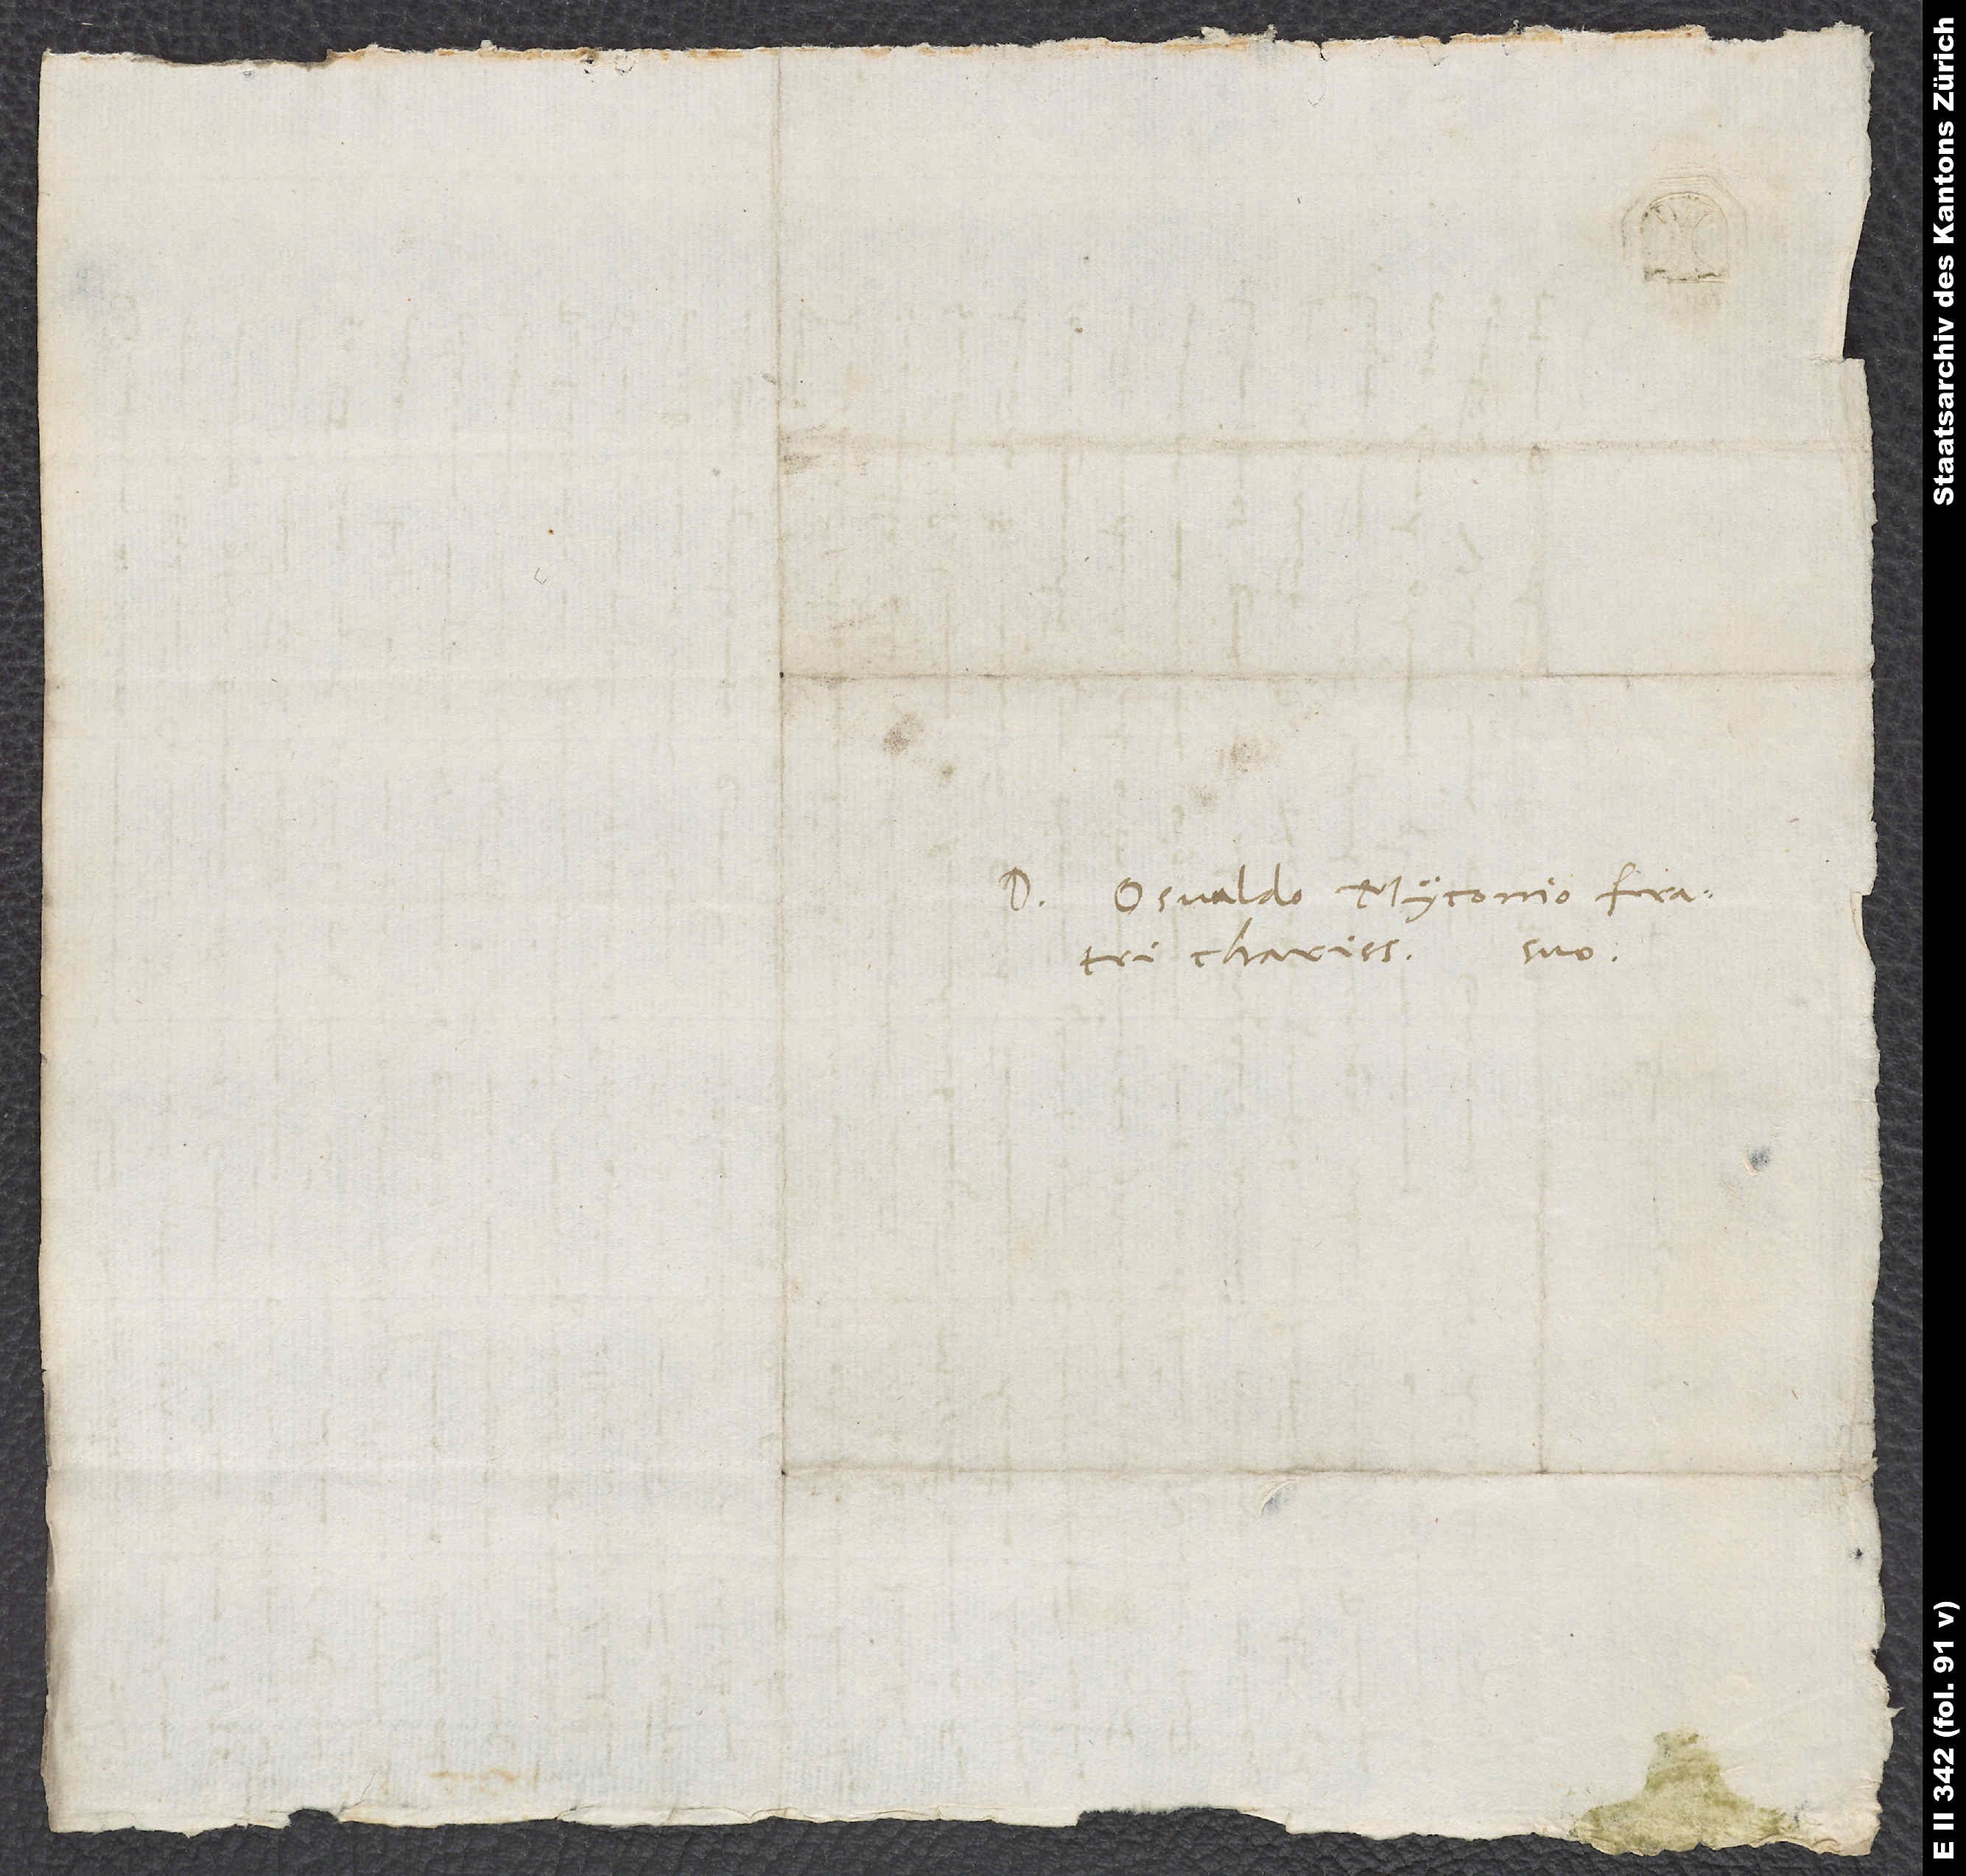
Osvaldo Myconio, fratri
charissimo